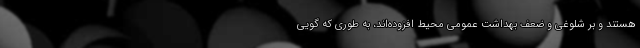
هستند و بر شلوغی و ضعف بهداشت عمومی محیط افزوده‌اند، به طوری که گویی